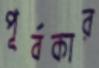
পূর্বকার